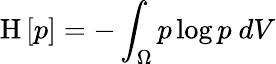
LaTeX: \mathrm{H}\left[{p}\right]=-\int_{\Omega}p\log p\ dV